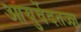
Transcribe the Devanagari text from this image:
आयुर्वेदतज्ज्ञ